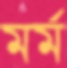
মর্ম